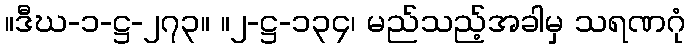
။ဒီဃ-၁-ဋ္ဌ-၂၇၃။ ။၂-ဋ္ဌ-၁၃၄၊ မည်သည့်အခါမှ သရဏဂုံ